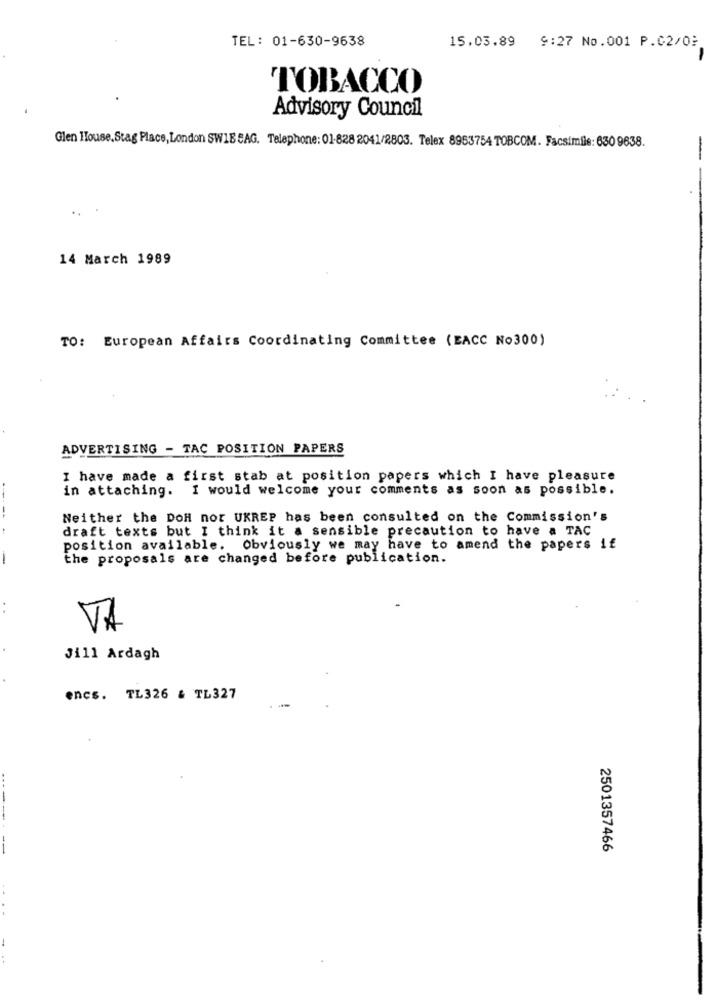
TEL: 01-630-9638
15.03.89 9:27 No.001 P.C2/0}
TOBACCO
Advisory Council
Glen House,Stag Place, London SW1B CAG. Telephone: 01-828 2041/2803. Telex 8953754 TOBCOM. Facsimile: 630 9638.
-
..
14 March 1989
TO: European Affairs Coordinating Committee (EACC No300)
ADVERTISING - TAC POSITION PAPERS
I have made a first stab at position papers which I have pleasure
in attaching. I would welcome your comments as soon as possible.
Neither the DoH nor UKREP has been consulted on the Commission's
draft texts but I think it a sensible precaution to have a TAC
position available. Obviously we may have to amend the papers if
the proposals are changed before publication.
VA
Jill Ardagh
encs. TL326 & TL327
-----
--
2501357466